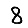
Digit: 8